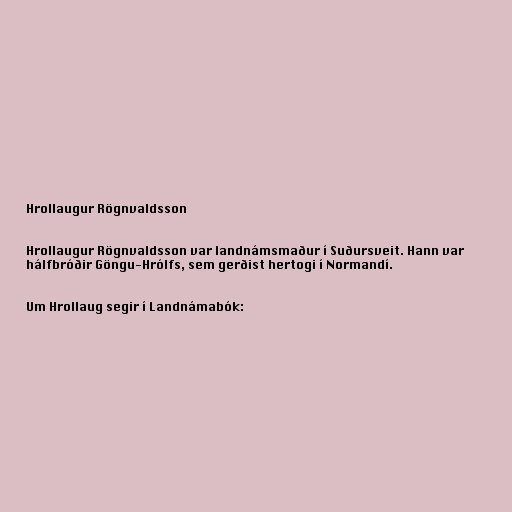
Hrollaugur Rögnvaldsson

Hrollaugur Rögnvaldsson var landnámsmaður í Suðursveit. Hann var
hálfbróðir Göngu-Hrólfs, sem gerðist hertogi í Normandí.

Um Hrollaug segir í Landnámabók: